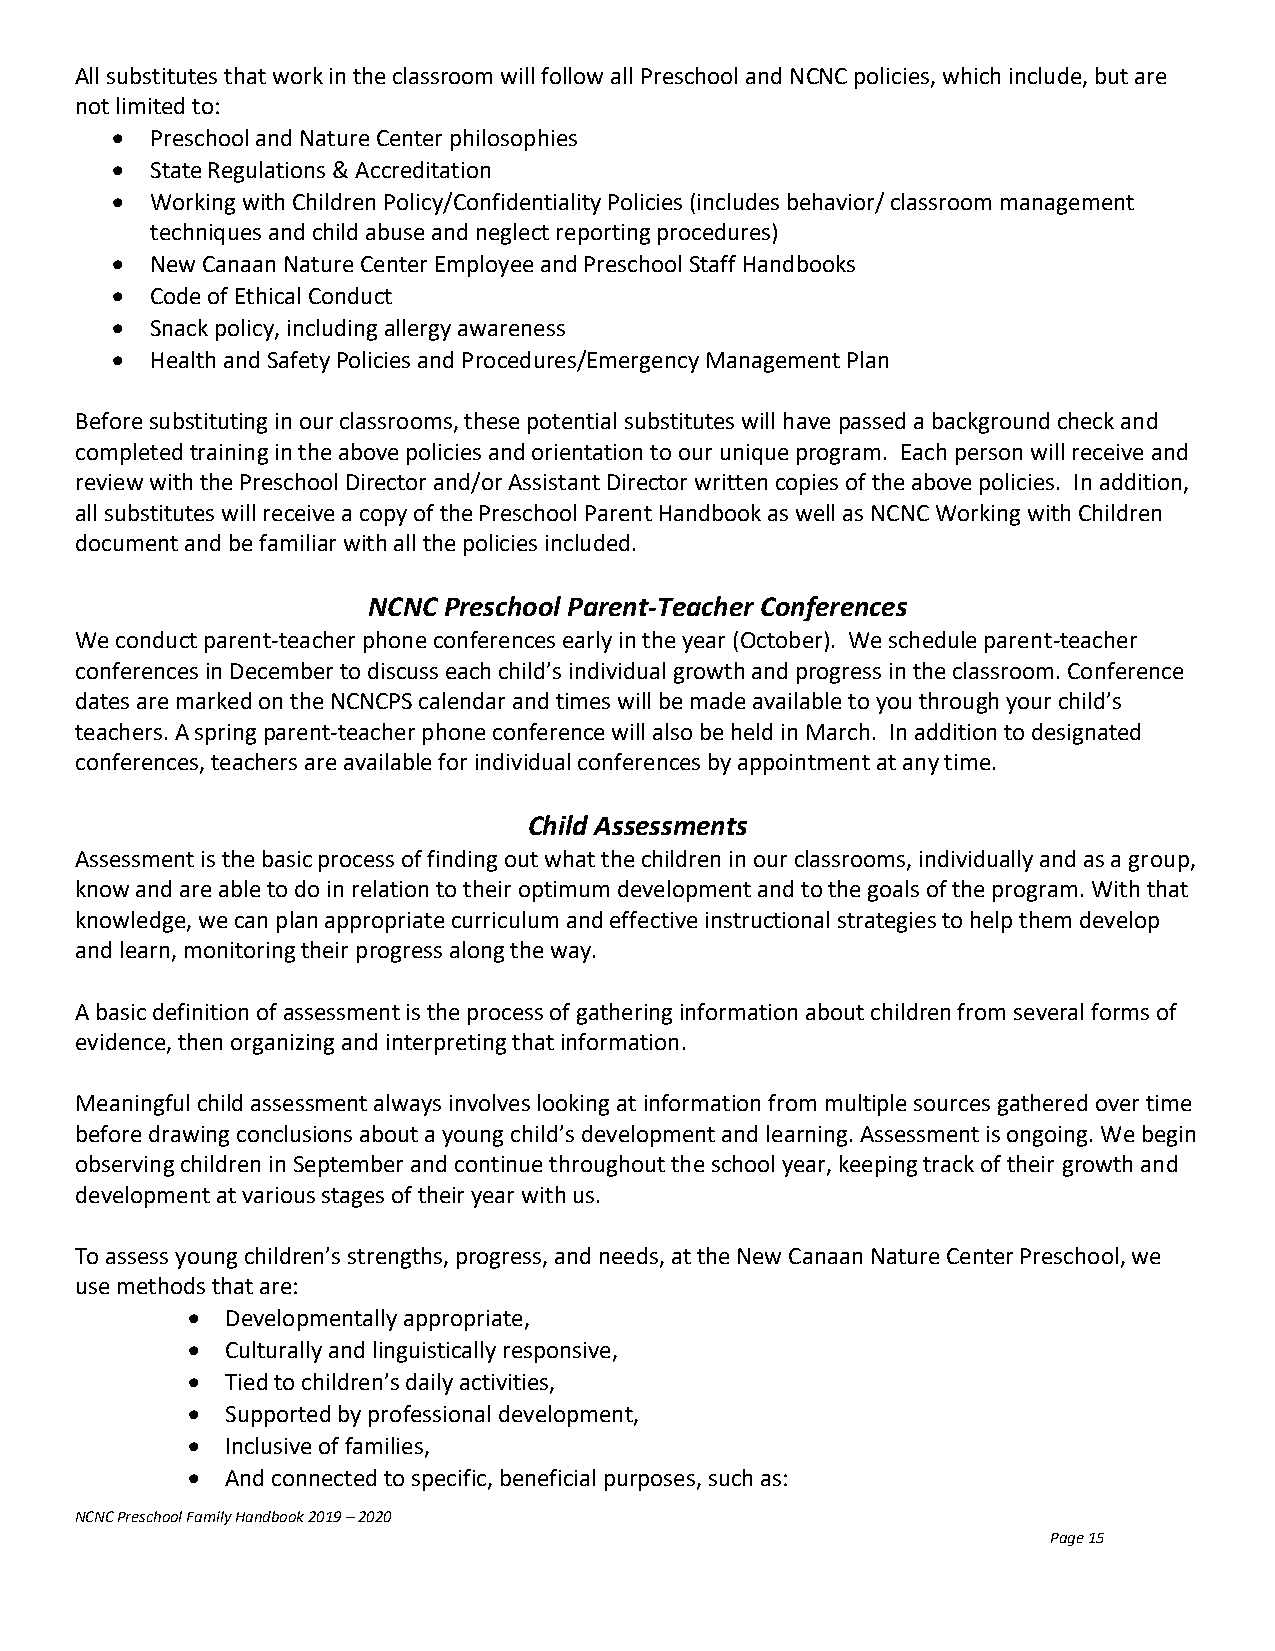
All substitutes that work in the classroom will follow all Preschool and NCNC policies, which include, but are
 not limited to:
 •  Preschool and Nature Center philosophies
 •  State Regulations & Accreditation
 •  Working with Children Policy/Confidentiality Policies (includes behavior/ classroom management
 techniques and child abuse and neglect reporting procedures)
 •  New Canaan Nature Center Employee and Preschool Staff Handbooks
 •  Code of Ethical Conduct
 •  Snack policy, including allergy awareness
 •  Health and Safety Policies and Procedures/Emergency Management Plan
 Before substituting in our classrooms, these potential substitutes will have passed a background check and
 completed training in the above policies and orientation to our unique program. Each person will receive and
 review with the Preschool Director and/or Assistant Director written copies of the above policies. In addition,
 all substitutes will receive a copy of the Preschool Parent Handbook as well as NCNC Working with Children
 document and be familiar with all the policies included.
 NCNC Preschool Parent-Teacher Conferences
 We conduct parent-teacher phone conferences early in the year (October). We schedule parent-teacher
 conferences in December to discuss each child’s individual growth and progress in the classroom. Conference
 dates are marked on the NCNCPS calendar and times will be made available to you through your child’s
 teachers. A spring parent-teacher phone conference will also be held in March. In addition to designated
 conferences, teachers are available for individual conferences by appointment at any time.
 Child Assessments
 Assessment is the basic process of finding out what the children in our classrooms, individually and as a group,
 know and are able to do in relation to their optimum development and to the goals of the program. With that
 knowledge, we can plan appropriate curriculum and effective instructional strategies to help them develop
 and learn, monitoring their progress along the way.
 A basic definition of assessment is the process of gathering information about children from several forms of
 evidence, then organizing and interpreting that information.
 Meaningful child assessment always involves looking at information from multiple sources gathered over time
 before drawing conclusions about a young child’s development and learning. Assessment is ongoing. We begin
 observing children in September and continue throughout the school year, keeping track of their growth and
 development at various stages of their year with us.
 To assess young children’s strengths, progress, and needs, at the New Canaan Nature Center Preschool, we
 use methods that are:
 •  Developmentally appropriate,
 •  Culturally and linguistically responsive,
 •  Tied to children’s daily activities,
 •  Supported by professional development,
 •  Inclusive of families,
 •  And connected to specific, beneficial purposes, such as:
 NCNC Preschool Family Handbook 2019 – 2020
 Page 15